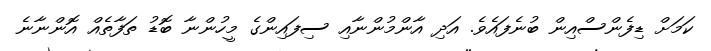
ކަމަށް ޑިފެންސްއިން ބުނެފައެވެ. އަދި އާންމުންނާއި ސިފައިންގެ މީހުންނާ ބޮޑު ތަފާތެއް އޮންނާނެ